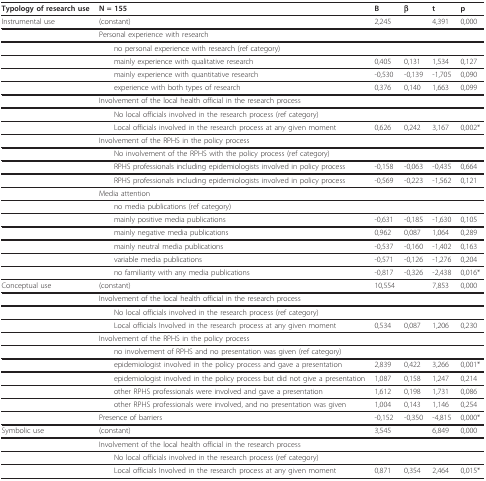
<table><thead><tr><td><b>Typology of research use</b></td><td><b>N = 155</b></td><td><b>B</b></td><td><b>β</b></td><td><b>t</b></td><td><b>p</b></td></tr></thead><tbody><tr><td>Instrumental use</td><td>(constant)</td><td>2,245</td><td></td><td>4,391</td><td>0,000</td></tr><tr><td></td><td>Personal experience with research</td><td></td><td></td><td></td><td></td></tr><tr><td></td><td> no personal experience with research (ref category)</td><td></td><td></td><td></td><td></td></tr><tr><td></td><td> mainly experience with qualitative research</td><td>0,405</td><td>0,131</td><td>1,534</td><td>0,127</td></tr><tr><td></td><td> mainly experience with quantitative research</td><td>-0,530</td><td>-0,139</td><td>-1,705</td><td>0,090</td></tr><tr><td></td><td> experience with both types of research</td><td>0,376</td><td>0,140</td><td>1,663</td><td>0,099</td></tr><tr><td></td><td>Involvement of the local health official in the research process</td><td></td><td></td><td></td><td></td></tr><tr><td></td><td> No local officials involved in the research process (ref category)</td><td></td><td></td><td></td><td></td></tr><tr><td></td><td> Local officials involved in the research process at any given moment</td><td>0,626</td><td>0,242</td><td>3,167</td><td>0,002*</td></tr><tr><td></td><td>Involvement of the RPHS in the policy process</td><td></td><td></td><td></td><td></td></tr><tr><td></td><td> No involvement of the RPHS with the policy process (ref category)</td><td></td><td></td><td></td><td></td></tr><tr><td></td><td> RPHS professionals including epidemiologists involved in policy process</td><td>-0,158</td><td>-0,063</td><td>-0,435</td><td>0,664</td></tr><tr><td></td><td> RPHS professionals including epidemiologists involved in policy process</td><td>-0,569</td><td>-0,223</td><td>-1,562</td><td>0,121</td></tr><tr><td></td><td>Media attention</td><td></td><td></td><td></td><td></td></tr><tr><td></td><td> no media publications (ref category)</td><td></td><td></td><td></td><td></td></tr><tr><td></td><td> mainly positive media publications</td><td>-0,631</td><td>-0,185</td><td>-1,630</td><td>0,105</td></tr><tr><td></td><td> mainly negative media publications</td><td>0,962</td><td>0,087</td><td>1,064</td><td>0,289</td></tr><tr><td></td><td> mainly neutral media publications</td><td>-0,537</td><td>-0,160</td><td>-1,402</td><td>0,163</td></tr><tr><td></td><td> variable media publications</td><td>-0,571</td><td>-0,126</td><td>-1,276</td><td>0,204</td></tr><tr><td></td><td> no familiarity with any media publications</td><td>-0,817</td><td>-0,326</td><td>-2,438</td><td>0,016*</td></tr><tr><td>Conceptual use</td><td>(constant)</td><td>10,554</td><td></td><td>7,853</td><td>0,000</td></tr><tr><td></td><td>Involvement of the local health official in the research process</td><td></td><td></td><td></td><td></td></tr><tr><td></td><td> No local officials involved in the research process (ref category)</td><td></td><td></td><td></td><td></td></tr><tr><td></td><td> Local officials Involved in the research process at any given moment</td><td>0,534</td><td>0,087</td><td>1,206</td><td>0,230</td></tr><tr><td></td><td>Involvement of the RPHS in the policy process</td><td></td><td></td><td></td><td></td></tr><tr><td></td><td> no involvement of RPHS and no presentation was given (ref category)</td><td></td><td></td><td></td><td></td></tr><tr><td></td><td> epidemiologist involved in the policy process and gave a presentation</td><td>2,839</td><td>0,422</td><td>3,266</td><td>0,001*</td></tr><tr><td></td><td> epidemiologist involved in the policy process but did not give a presentation</td><td>1,087</td><td>0,158</td><td>1,247</td><td>0,214</td></tr><tr><td></td><td> other RPHS professionals were involved and gave a presentation</td><td>1,612</td><td>0,198</td><td>1,731</td><td>0,086</td></tr><tr><td></td><td> other RPHS professionals were involved, and no presentation was given</td><td>1,004</td><td>0,143</td><td>1,146</td><td>0,254</td></tr><tr><td></td><td>Presence of barriers</td><td>-0,152</td><td>-0,350</td><td>-4,815</td><td>0,000*</td></tr><tr><td>Symbolic use</td><td>(constant)</td><td>3,545</td><td></td><td>6,849</td><td>0,000</td></tr><tr><td></td><td>Involvement of the local health official in the research process</td><td></td><td></td><td></td><td></td></tr><tr><td></td><td> No local officials involved in the research process (ref category)</td><td></td><td></td><td></td><td></td></tr><tr><td></td><td> Local officials Involved in the research process at any given moment</td><td>0,871</td><td>0,354</td><td>2,464</td><td>0,015*</td></tr></tbody></table>